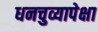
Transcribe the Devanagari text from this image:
धनचुव्यापेक्षा